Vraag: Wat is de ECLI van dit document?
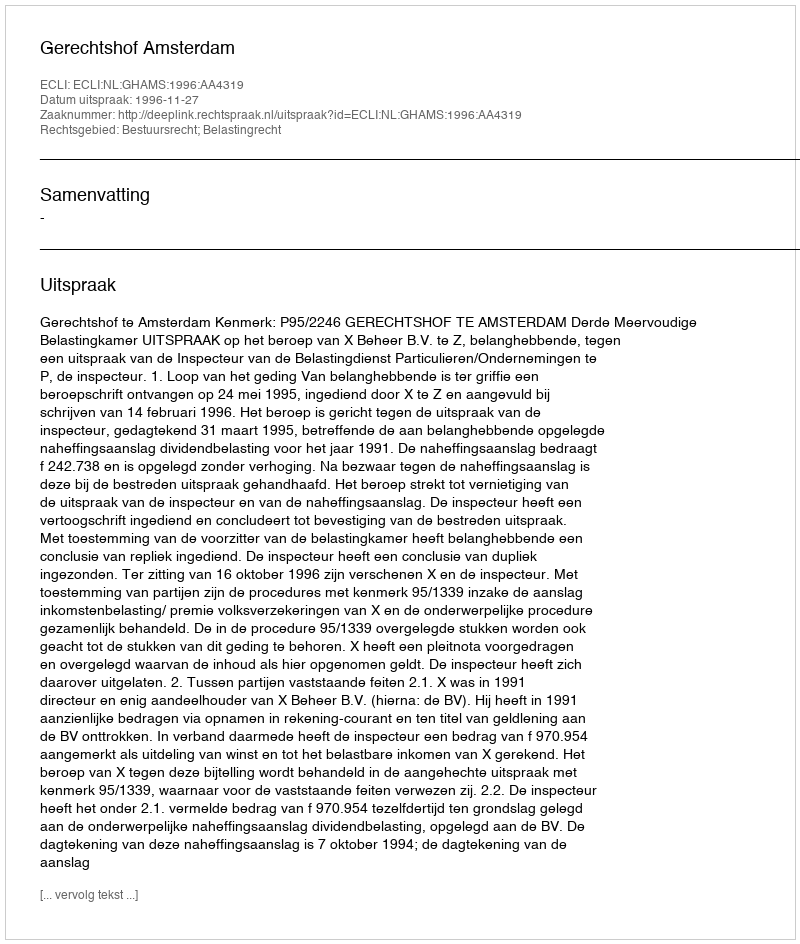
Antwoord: ECLI:NL:GHAMS:1996:AA4319